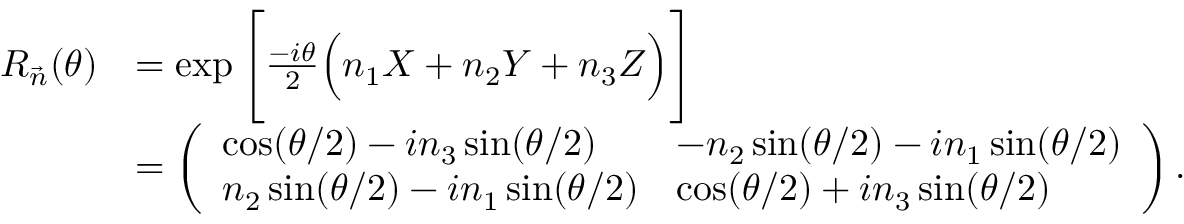
\begin{array} { r l } { R _ { \vec { n } } ( \theta ) } & { = \exp \Bigg [ \frac { - i \theta } { 2 } \Big ( n _ { 1 } X + n _ { 2 } Y + n _ { 3 } Z \Big ) \Bigg ] } \\ & { = \left( \begin{array} { l l } { \cos ( \theta / 2 ) - i n _ { 3 } \sin ( \theta / 2 ) } & { - n _ { 2 } \sin ( \theta / 2 ) - i n _ { 1 } \sin ( \theta / 2 ) } \\ { n _ { 2 } \sin ( \theta / 2 ) - i n _ { 1 } \sin ( \theta / 2 ) } & { \cos ( \theta / 2 ) + i n _ { 3 } \sin ( \theta / 2 ) } \end{array} \right) . } \end{array}